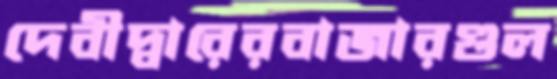
দেবীদ্বারেরবাজারগুল